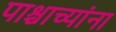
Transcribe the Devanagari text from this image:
पाश्चाच्यांना